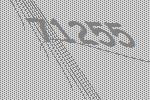
71255